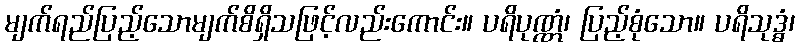
မျက်ရည်ပြည့်သောမျက်စိရှိသဖြင့်လည်းကောင်း။ ပရိပုဏ္ဏံ၊ ပြည့်စုံသော။ ပရိသုဒ္ဓံ၊